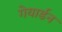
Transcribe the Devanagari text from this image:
गेयार्डन